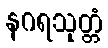
နဂရသုတ္တံ